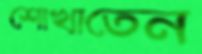
শোখাতেন